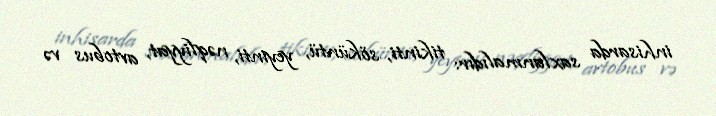
inhisarda saxlanmalıdır: tikinti, söküntü, yeyinti, nəqliyyat, avtobus və